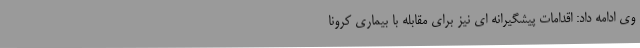
وی ادامه داد: اقدامات پیشگیرانه ای نیز برای مقابله با بیماری کرونا